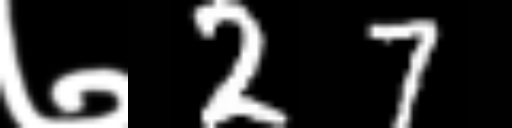
Text: ७27